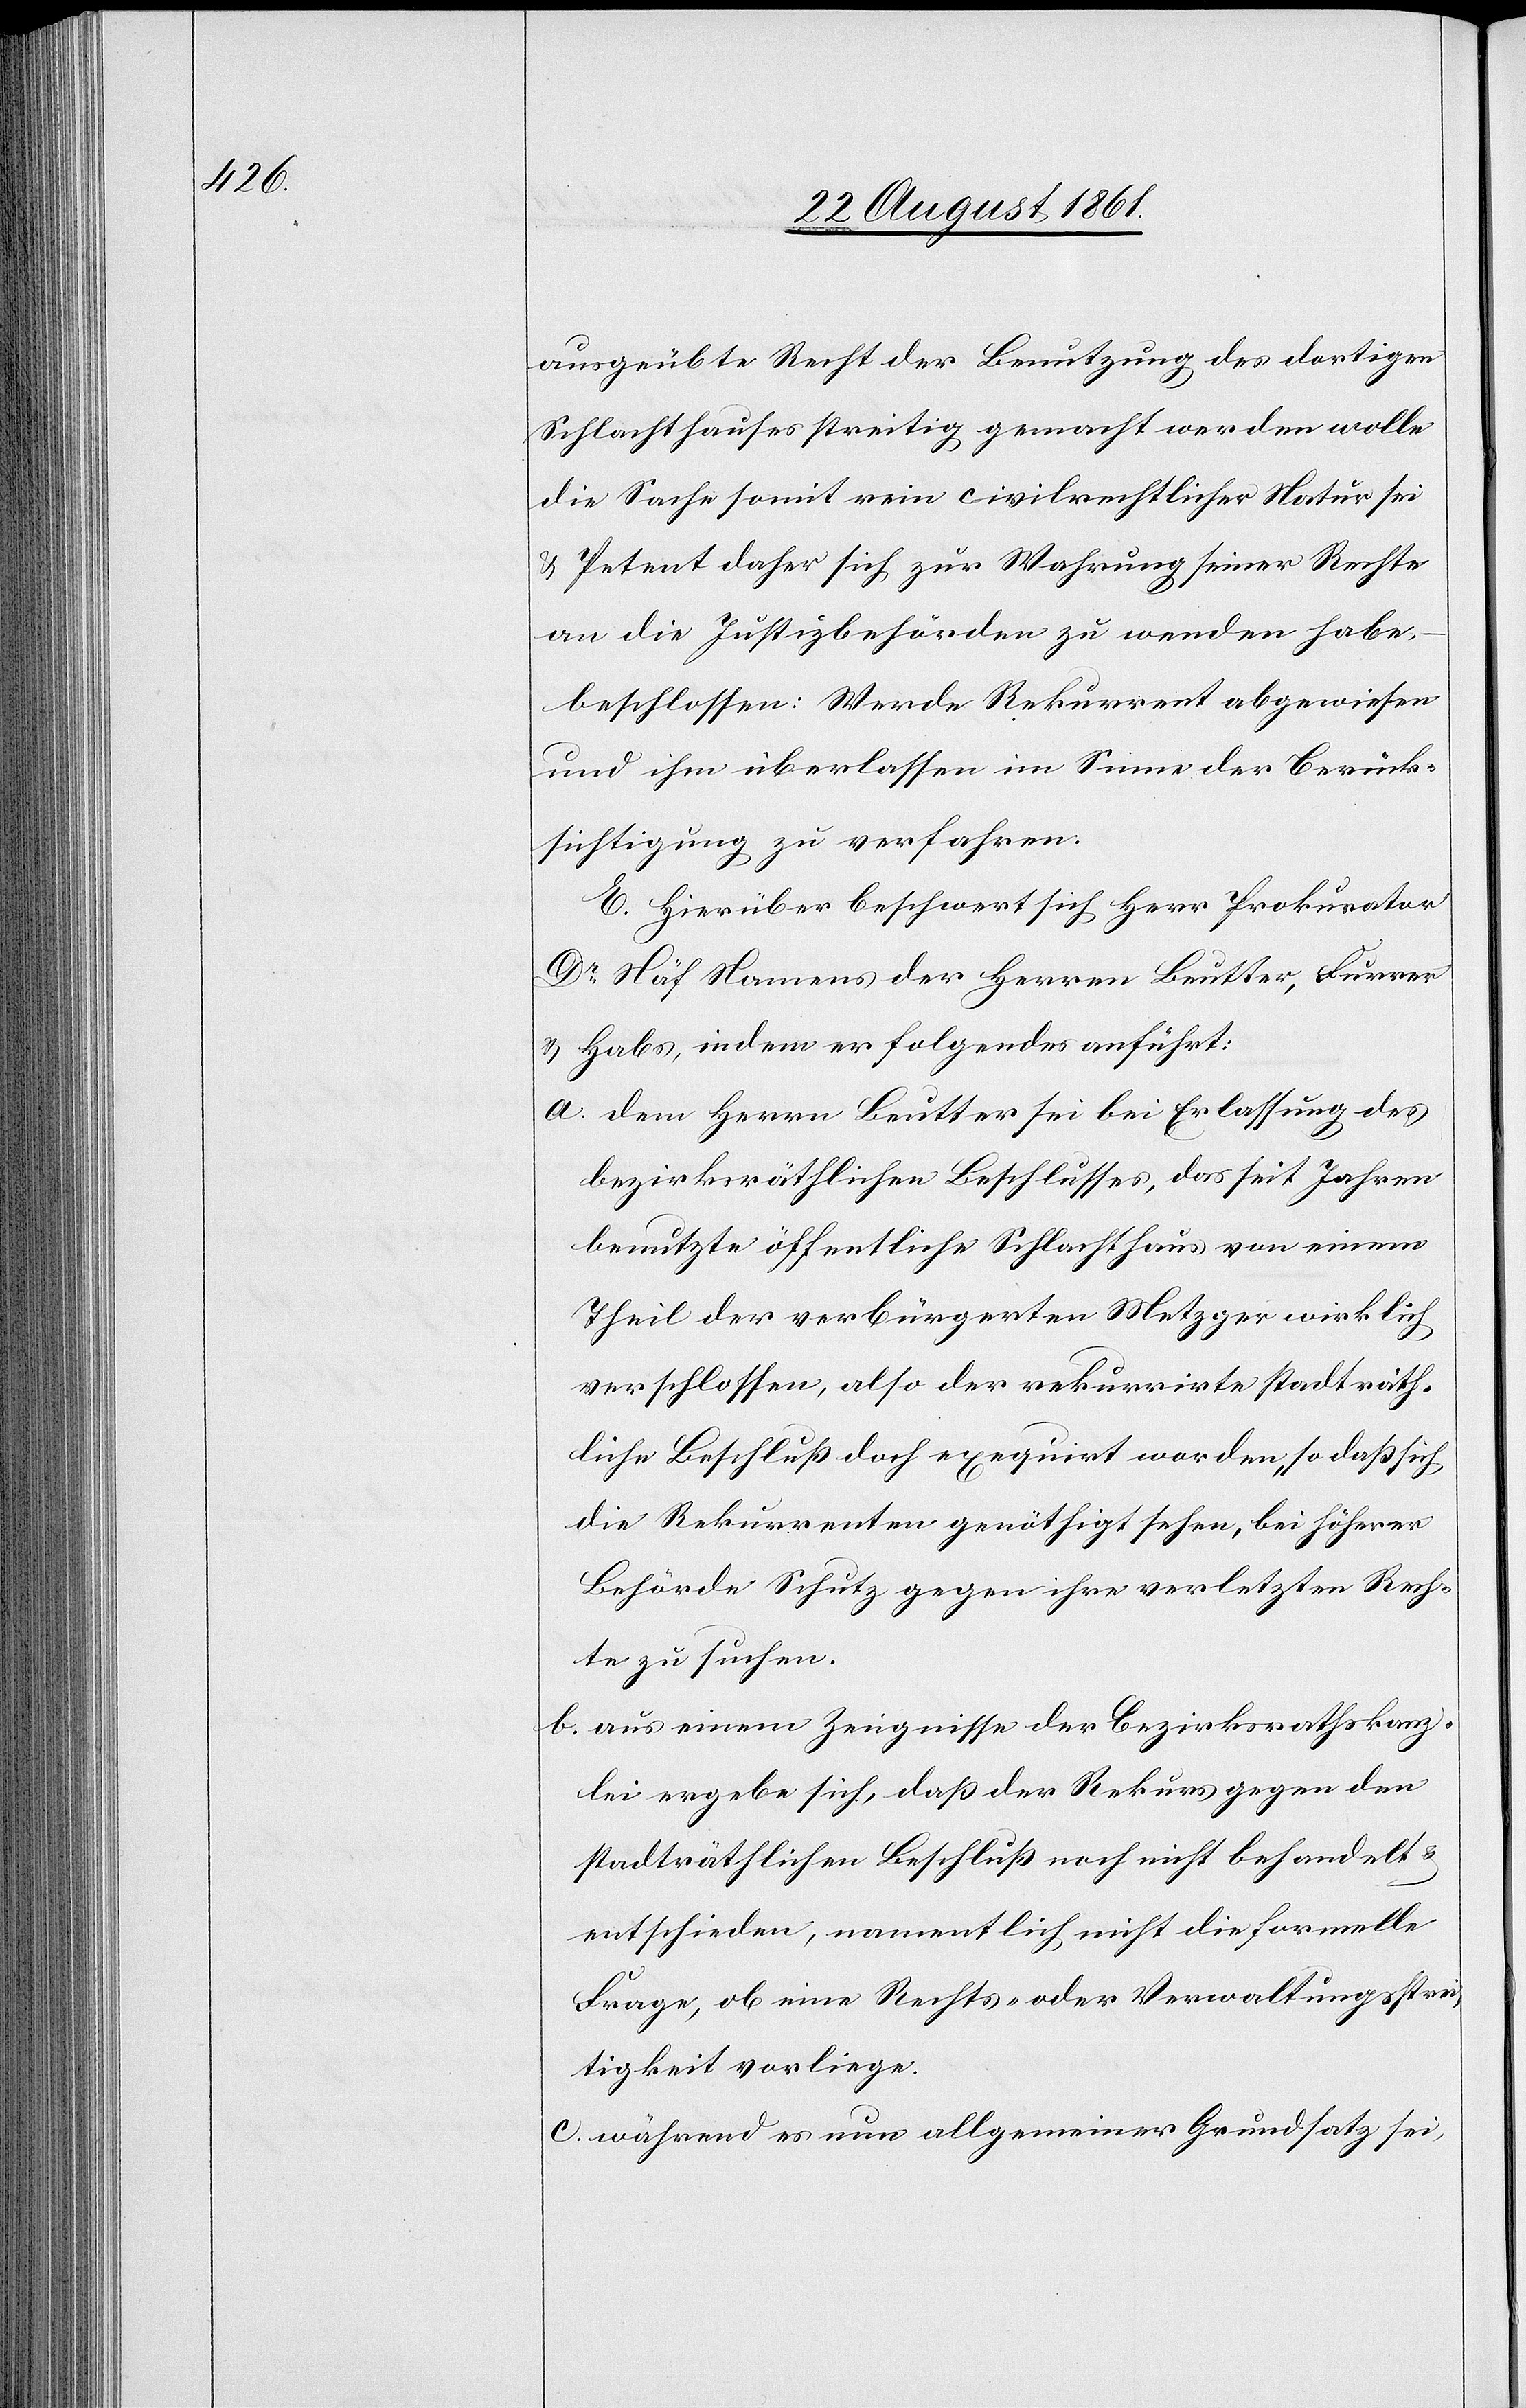
ausgeübte Recht der Benutzung des dortigen
Schlachthauses streitig gemacht werden wolle
die Sache somit rein civilrechtlicher Natur sei
u. Petent daher sich zur Wahrung seiner Rechte
an die Justizbehörden zu wenden habe,
beschlossen: Werde Rekurrent abgewiesen
und ihm überlassen im Sinne der Berück¬
sichtigung zu verfahren.
E. Hierüber beschwert sich Herr Prokurator
Dr Näf Namens der Herrn Beutter, Furrer
u. Habs, indem er folgendes anführt:
a. dem Herrn Beutter sei bei Erlassung des
bezirksräthlichen Beschlusses, das seit Jahren
benutzte öffentliche Schlachthaus von einem
Theil der verbürgerten Metzger wirklich
verschlossen, also der rekurrirte stadträth¬
liche Beschluß doch exequirt worden, so daß sich
die Rekurrenten genöthigt sehen, bei höherer
Behörde Schutz gegen ihre verletzten Rech¬
te zu suchen.
b. aus einem Zeugnisse der Bezirksrathskanz¬
lei ergebe sich, daß der Rekurs gegen den
stadträthlichen Beschluß noch nicht behandelt u.
entschieden, namentlich nicht die formelle
Frage, ob eine Rechts- oder Verwaltungsstrei¬
tigkeit vorliege.
c. während es nun allgemeiner Grundsatz sei,